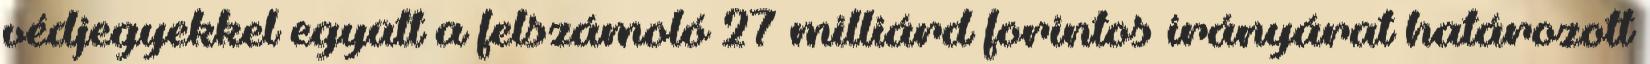
védjegyekkel együtt a felszámoló 27 milliárd forintos irányárat határozott